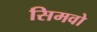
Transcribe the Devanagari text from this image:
सिमवो